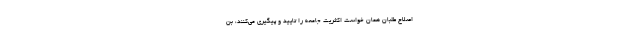
اصلاح طلبان همان خواست اكثريت جامعه را تاييد و پيگيري مي‌كنند، بن